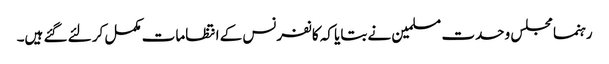
رہنما مجلس وحدت مسلمین نے بتایا کہ کانفرنس کے انتظامات مکمل کر لئے گئے ہیں۔